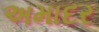
અમાદર